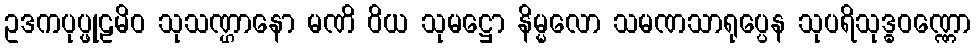
ဥဒကပုပ္ဖုဠမိဝ သုသဏ္ဌာနော မဏိ ဝိယ သုမဋ္ဌော နိမ္မလော သမဏသာရုပ္ပေန သုပရိသုဒ္ဓဝဏ္ဏော